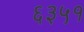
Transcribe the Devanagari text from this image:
६३५१